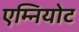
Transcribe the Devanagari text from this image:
एम्नियोट